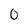
Character: 0